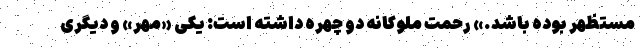
مستظهر بوده باشد.» رحمت ملوکانه دو چهره داشته است: یکی «مِهر» و دیگری